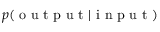
p ( \textrm { o u t p u t } | \textrm { i n p u t } )